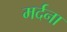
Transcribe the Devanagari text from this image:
मर्दना